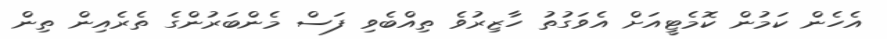
އެހެން ކަމުން ކޮމެޓީއަށް އެވަގުތު ހާޒިރުވެ ތިއްބެވި ފަސް މެންބަރުންގެ ތެރެއިން ތިން